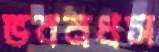
ভবনধস